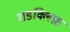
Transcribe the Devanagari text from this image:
राडक्लिफ़